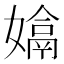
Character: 𡡽